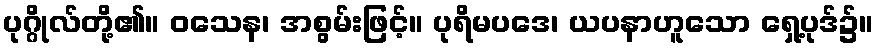
ပုဂ္ဂိုလ်တို့၏။ ဝသေန၊ အစွမ်းဖြင့်။ ပုရိမပဒေ၊ ယပနာဟူသော ရှေ့ပုဒ်၌။